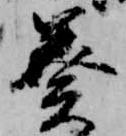
奏